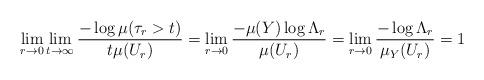
LaTeX: \begin{align*}\lim_{r \to 0} \lim_{t \to \infty} \frac{- \log \mu(\tau_r > t)}{t \mu(U_r)}= \lim_{r \to 0} \frac{- \mu(Y) \log \Lambda_r}{\mu(U_r)} = \lim_{r \to 0} \frac{- \log \Lambda_r}{\mu_Y(U_r)} = 1\end{align*}